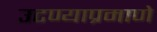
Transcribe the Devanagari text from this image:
उटण्याप्रमाणे